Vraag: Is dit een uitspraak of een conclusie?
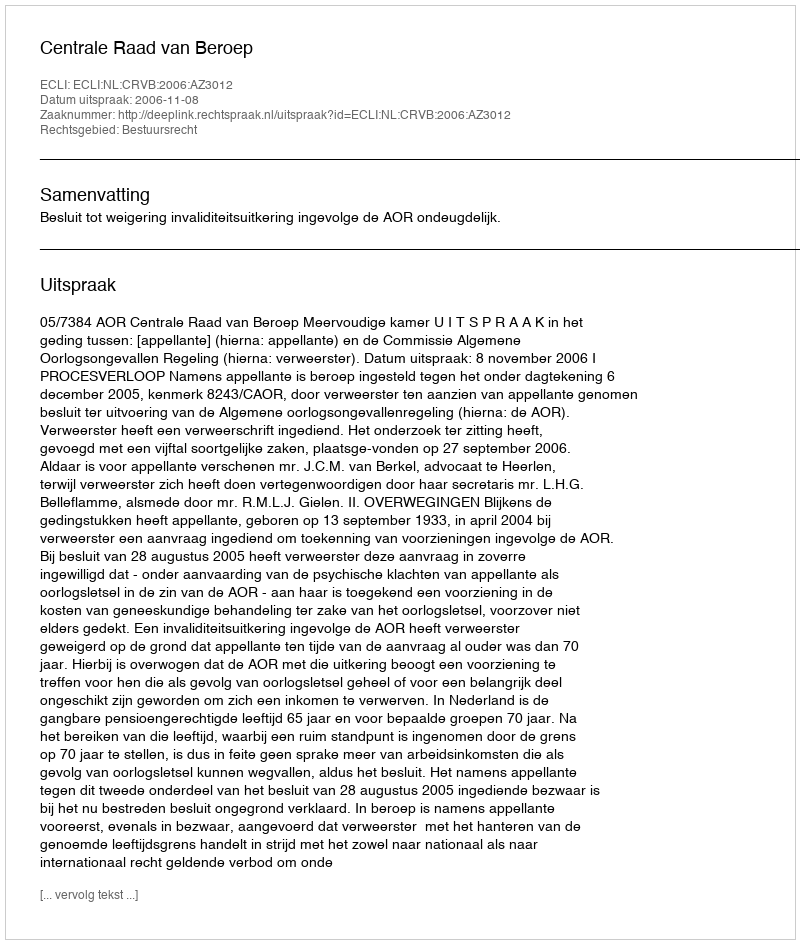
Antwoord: Uitspraak